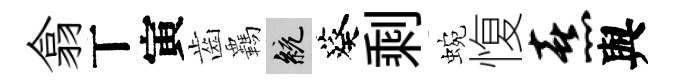
翕丅寅齒覊統葵剩蜿愎熹與